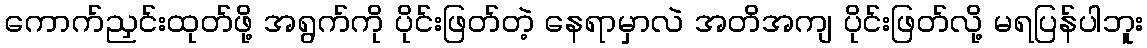
ကောက်ညှင်းထုတ်ဖို့ အရွက်ကို ပိုင်းဖြတ်တဲ့ နေရာမှာလဲ အတိအကျ ပိုင်းဖြတ်လို့ မရပြန်ပါဘူး